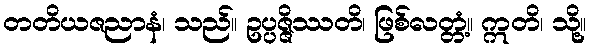
တတိယဇညာနံ၊ သည်။ ဥပ္ပဇ္ဇိဿတိ၊ ဖြစ်လတ္တံ့။ ဣတိ၊ သို့။